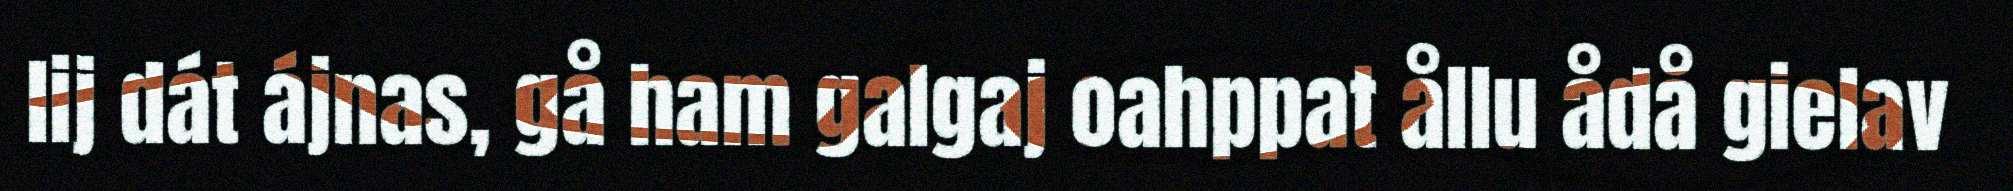
lij dát ájnas, gå ham galgaj oahppat ållu ådå gielav